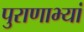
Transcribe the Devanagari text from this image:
पुराणाभ्यां